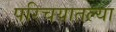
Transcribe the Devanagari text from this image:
परिचयातल्या